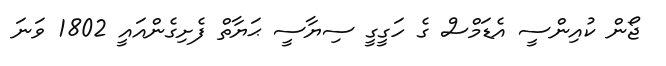
ޖޯން ކުއިންސީ އެޑަމްސް ގެ ހަގީގީ ސިޔާސީ ޙަޔާތް ފެށިގެންއައީ 1802 ވަނަ